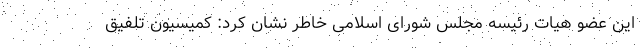
این عضو هیات رئیسه مجلس شورای اسلامی خاطر نشان کرد: کمیسیون تلفیق